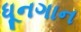
ધૂનગાન